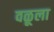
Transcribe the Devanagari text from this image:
वळूला